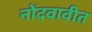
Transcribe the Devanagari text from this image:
नोंदवावीत